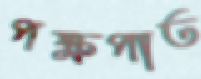
পক্ষপাত